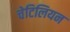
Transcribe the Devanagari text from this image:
चेटिलियन